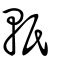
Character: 軝